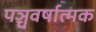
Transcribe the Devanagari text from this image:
पञ्चवर्षात्मक